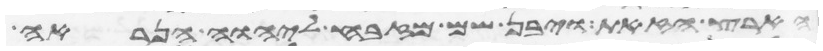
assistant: הארץ הזאת ויבן שם מזבח ליהוה הנראה